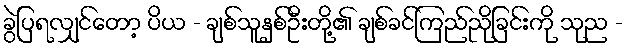
ခွဲပြရလျှင်တော့ ပိယ - ချစ်သူနှစ်ဦးတို့၏ ချစ်ခင်ကြည်ညိုခြင်းကို သုည -